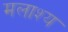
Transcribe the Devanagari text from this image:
मलाश्य